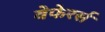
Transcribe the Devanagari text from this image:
वेफेरर्स